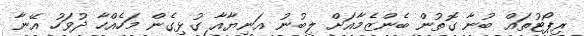
ރިޕޯޓުތައް ބުނާ ގޮތުން ބެންޒެމާއަށް ލިބުނު އަނިޔާއާ ގުޅިގެން މަހެއްހާ ދުވަހު އޭނާ